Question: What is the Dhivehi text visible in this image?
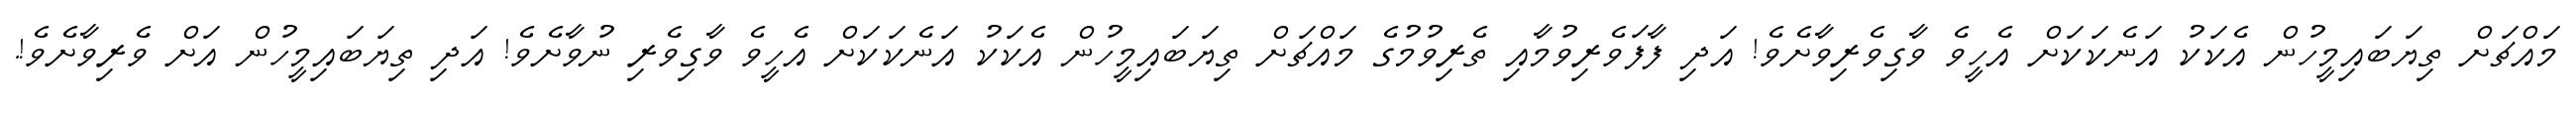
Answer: މައްޗަށް ތިޔަބައިމީހުން އެކަކު އަނެކަކަށް އެހީވެ ވާގިވެރިވާށެވެ! އަދި ފާފަވެރިވުމާއި ތެރިވުމުގެ މައްޗަށް ތިޔަބައިމީހުން އެކަކު އަނެކަކަށް އެހީވެ ވާގިވެރި ނުވާށެވެ! އަދި ތިޔަބައިމީހުން އަށް ވެރިވާށެވެ!.